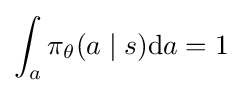
\int _{a}\pi _{\theta }(a\mid s)\mathrm {d} a=1